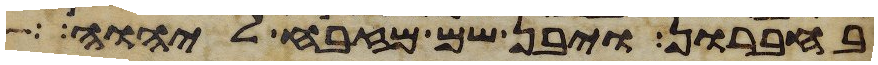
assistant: בחברון ויבן שם מזבח ליהוה